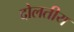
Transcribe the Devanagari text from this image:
दोलतीय